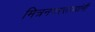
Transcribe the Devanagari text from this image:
मित्रनगरराज्यांनी